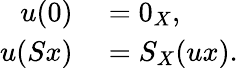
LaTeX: \begin{array}{rl}{u(0)}&{{}=0_{X},}\\ {u(Sx)}&{{}=S_{X}(ux).}\end{array}